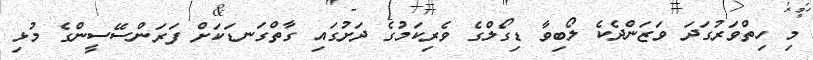
މި ހިތްވަރުގަދަ ވަޒަންދެކެ ލޯބިވާ ޑިގޯލްގެ ވެރިކަމުގެ ދަށުގައި ގާތްގަނޑަކަށް ފަރަންސޭސީންގެ މުޅި